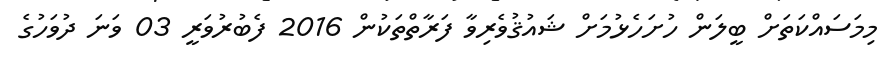
މިމަސައްކަތަށް ބީލަން ހުށަހެޅުމަށް ޝައުޤުވެރިވާ ފަރާތްތަކުން 2016 ފެބުރުވަރީ 03 ވަނަ ދުވަހުގެ